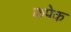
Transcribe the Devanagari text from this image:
कपेक